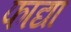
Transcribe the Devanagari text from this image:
फाद्या